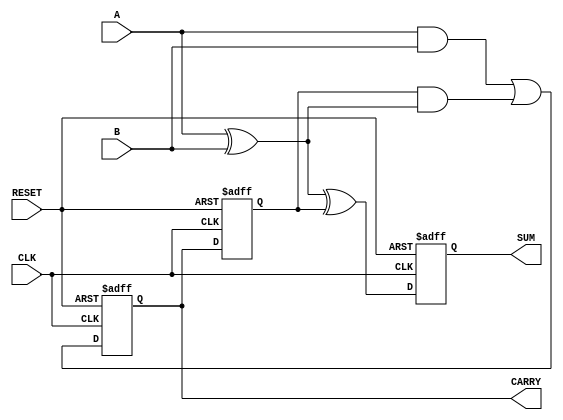
module sequential_half_adder (
    input wire A,         // First bit input
    input wire B,         // Second bit input
    input wire CLK,       // Clock signal
    input wire RESET,     // Reset signal
    output reg SUM,       // Sum output
    output reg CARRY      // Carry output
);

    // Internal state variable to hold the previous carry
    reg previous_carry;

    always @(posedge CLK or posedge RESET) begin
        if (RESET) begin
            SUM <= 1'b0;
            CARRY <= 1'b0;
            previous_carry <= 1'b0;  // Reset previous carry
        end else begin
            // Calculate new sum and carry based on current inputs and previous carry
            SUM <= A ^ B ^ previous_carry;
            CARRY <= (A & B) | (previous_carry & (A ^ B));
            previous_carry <= CARRY;  // Update previous carry for the next clock cycle
        end
    end

endmodule